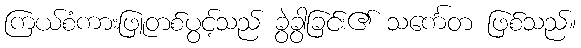
ကြယ်စံကားဖြူတစ်ပွင့်သည် ခွဲခွာခြင်း၏ သင်္ကေတ ဖြစ်သည်။